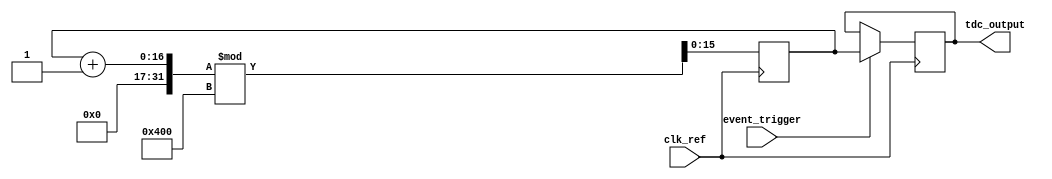
module PLL_TDC(
    input wire clk_ref,         // Reference clock input
    input wire event_trigger,   // Event trigger signal
    output reg [15:0] tdc_output // 16-bit TDC output
);

    // Parameters for PLL
    parameter integer VCO_FREQ = 100;   // VCO frequency in MHz
    parameter integer REF_FREQ = 10;     // Reference frequency in MHz
    parameter integer MAX_COUNT = 1023;  // Max count for 10-bit resolution

    // Internal signals
    reg [15:0] phase_error;   // Phase error signal
    reg [15:0] control_voltage; // Control voltage for VCO
    reg [15:0] vco_output;     // VCO output
    reg [15:0] vco_count;      // VCO counter
    reg event_latched;         // Event latched flag

    // Phase Detector
    always @(posedge clk_ref) begin
        if (event_trigger) begin
            phase_error <= vco_count - (vco_output / (VCO_FREQ / REF_FREQ));
            event_latched <= 1'b1; // Latch event
        end
    end

    // Loop Filter (Simple Integrator)
    always @(posedge clk_ref) begin
        if (event_latched) begin
            control_voltage <= control_voltage + phase_error;
            event_latched <= 1'b0; // Reset event latched
        end
    end

    // Voltage Controlled Oscillator (VCO)
    always @(posedge clk_ref) begin
        vco_count <= (vco_count + 1) % (MAX_COUNT + 1);
        if (control_voltage > 0) begin
            vco_output <= (vco_count * VCO_FREQ) / (MAX_COUNT + 1);
        end else begin
            vco_output <= 0;
        end
    end

    // Digital Output Generation
    always @(posedge clk_ref) begin
        if (event_trigger) begin
            tdc_output <= vco_count; // Capture VCO count at event
        end
    end

endmodule